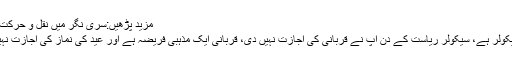
مزید پڑھیں:سری نگر میں نقل و حرکت پر دوبارہ پابندی عائد، جھڑپوں میں 24 افراد زخمی
ان کا کہنا تھا کہ ‘آپ کہتے ہیں کہ آپ کی ریاست سیکولر ہے، سیکولر ریاست کے دن آپ نے قربانی کی اجازت نہیں دی، قربانی ایک مذہبی فریضہ ہے اور عید کی نماز کی اجازت نہیں دی تو یہ کس قسم کا سیکولر چہرہ دکھا رہے ہیں’۔